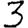
Digit: 3